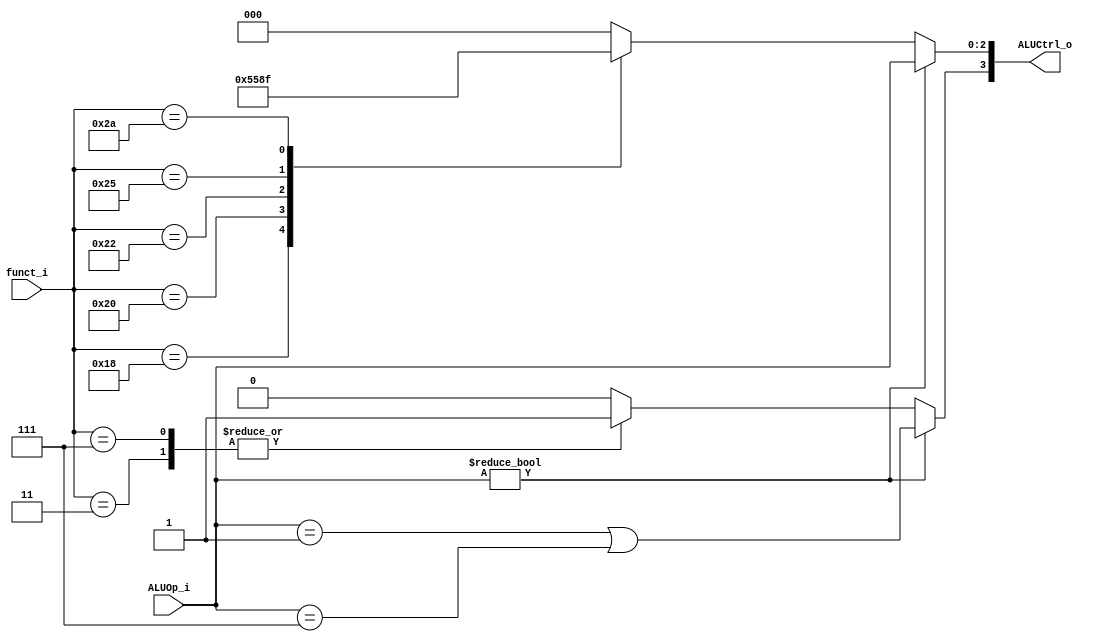
// 0317001_0310511
//Subject:     CO project 3 - ALU Controller
//--------------------------------------------------------------------------------
//Version:     1
//--------------------------------------------------------------------------------
//Writer:      
//----------------------------------------------
//Date:        
//----------------------------------------------
//Description: 
//--------------------------------------------------------------------------------

module ALU_Ctrl(
	funct_i,
	ALUOp_i,
	ALUCtrl_o
);
          
//I/O ports 
input  [6-1:0] funct_i;
input  [3-1:0] ALUOp_i;

output [4-1:0] ALUCtrl_o;    
     
//Internal Signals
reg    [4-1:0] ALUCtrl_o;

//Select exact operation
always @(*) begin
	if ( ALUOp_i!=0 ) begin
		ALUCtrl_o[3]   <= (ALUOp_i==1 || ALUOp_i==7);
		ALUCtrl_o[2:0] <= ALUOp_i[2:0];
	end
	else begin
		case(funct_i)
			 3: ALUCtrl_o <= 4'b1000;
			 7: ALUCtrl_o <= 4'b1000;
			24: ALUCtrl_o <= 4'b0101;
			32: ALUCtrl_o <= 4'b0010;
			34: ALUCtrl_o <= 4'b0110;
			36: ALUCtrl_o <= 4'b0000;
			37: ALUCtrl_o <= 4'b0001;
			42: ALUCtrl_o <= 4'b0111;
			default: begin
				ALUCtrl_o <= 4'b0000;
			end
		endcase
	end
end

endmodule